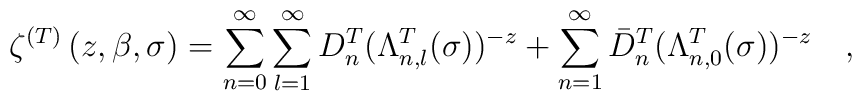
\zeta^{(T)}\left(z,\beta, \sigma \right)=\sum_{n=0}^{\infty}\sum_{l=1}^{\infty} D^{T}_{n}(\Lambda^{T}_{n,l}(\sigma))^{-z}+\sum_{n=1}^{\infty}\bar{D}^{T}_{n}(\Lambda^{T}_{n,0}(\sigma))^{-z}~~~,